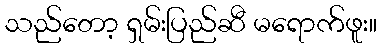
သည်တော့ ရှမ်းပြည်ဆီ မရောက်ဖူး။